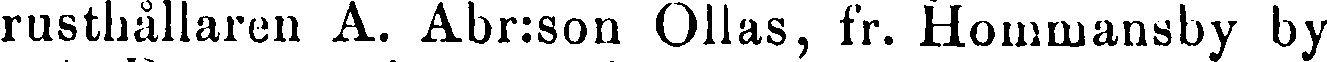
rusthållaren A. Abr:son Ollas, fr. Hommansby by